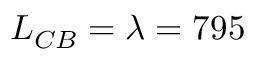
L _ { C B } = \lambda = 7 9 5